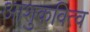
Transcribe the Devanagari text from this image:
आशुकवित्व